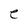
Character: e